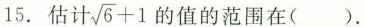
15.估计\sqrt{6}+1 的值的范围在( ).